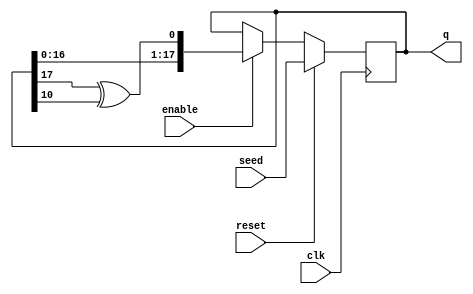
module lfsr18 (
    output reg  [17:0] q,
    input  wire [17:0] seed,
    input  wire        enable,
    input  wire        clk,
    input  wire        reset
);
    always @ (posedge clk) begin
        if (reset)
            q <= seed;
        else if (enable)
            q <= {q[16:0], q[17] ^ q[10]};
    end
endmodule